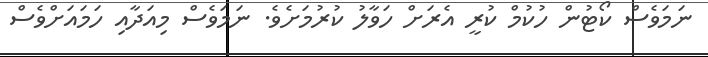
ނަމަވެސް ކޯޓުން ހުކުމް ކުރީ އެރަށް ހަވާލު ކުރުމަށެވެ. ނަމަވެސް މިއަދާއި ހަމައަށްވެސް